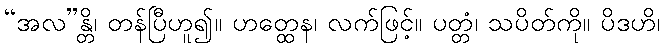
“အလ”န္တိ၊ တန်ပြီဟူ၍။ ဟတ္ထေန၊ လက်ဖြင့်။ ပတ္တံ၊ သပိတ်ကို။ ပိဒဟိ၊